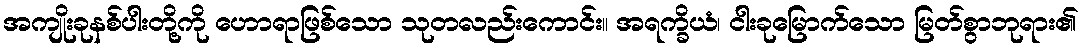
အကျိုးခုနစ်ပါးတို့ကို ဟောရာဖြစ်သော သုတလည်းကောင်း။ အရက္ခိယံ၊ ငါးခုမြောက်သော မြတ်စွာဘုရား၏